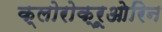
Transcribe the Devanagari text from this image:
क्लोरोक्रूओरिन